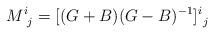
LaTeX: \begin{align*}M^i_{\ j}=[(G+B)(G-B)^{-1}]^i_{\ j}\end{align*}